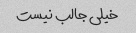
خیلی جالب نیست